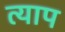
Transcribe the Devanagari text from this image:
त्याप